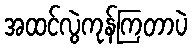
အထင်လွဲကုန်ကြတာပဲ